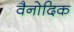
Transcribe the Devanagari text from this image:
वैनोदिक